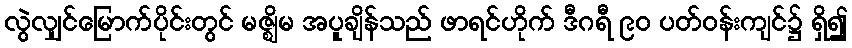
လွဲလျှင်မြောက်ပိုင်းတွင် မဇ္ဈိမ အပူချိန်သည် ဖာရင်ဟိုက် ဒီဂရီ ၉၀ ပတ်ဝန်းကျင်၌ ရှိ၍